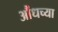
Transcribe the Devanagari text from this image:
औंधच्या